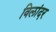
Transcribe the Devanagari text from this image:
विलांदर